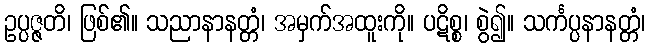
ဥပ္ပဇ္ဇတိ၊ ဖြစ်၏။ သညာနာနတ္တံ၊ အမှက်အထူးကို။ ပဋိစ္စ၊ စွဲ၍။ သင်္ကပ္ပနာနတ္တံ၊